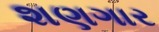
શણગાર